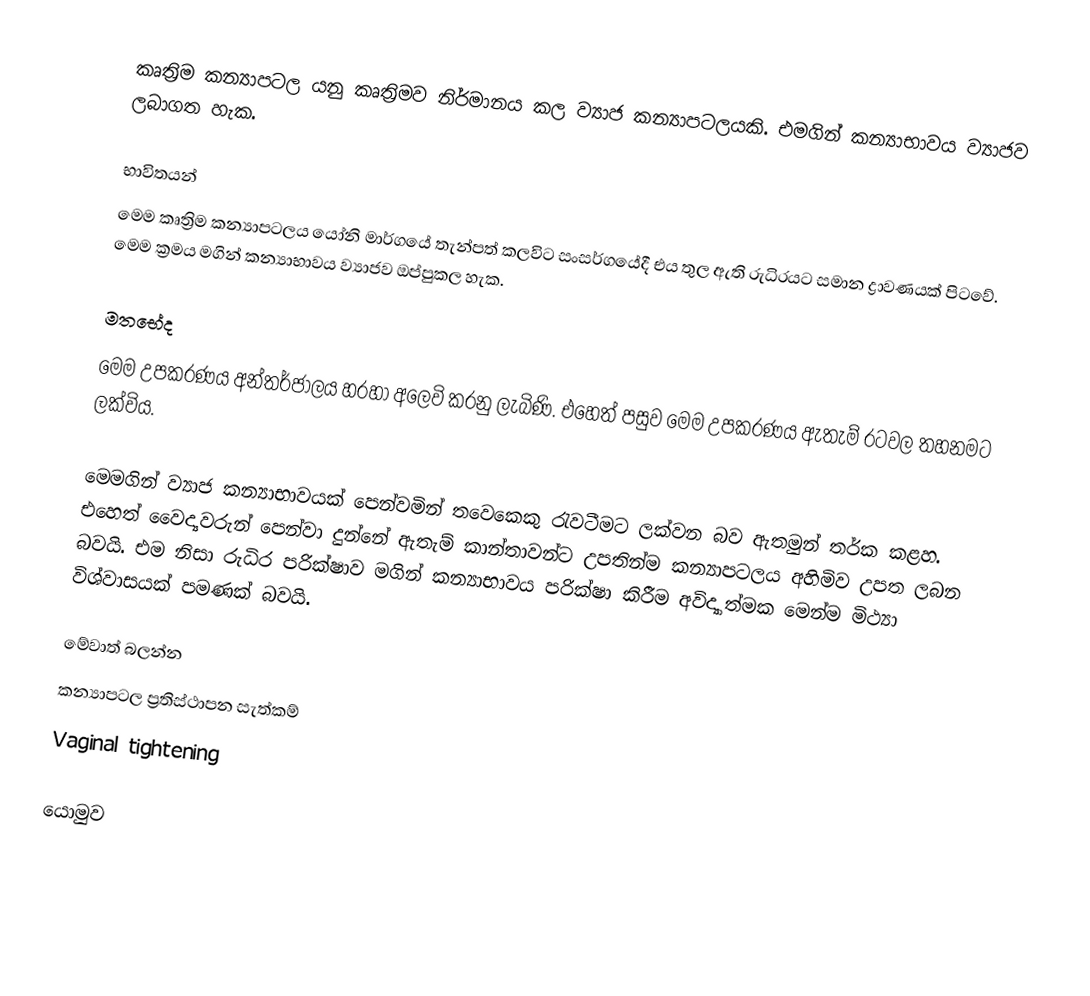
කෘත්‍රිම කන්‍යාපටල යනු කෘත්‍රිමව නිර්මානය කල ව්‍යාජ කන්‍යාපටලයකි. එමගින් කන්‍යාභාවය ව්‍යාජව ලබාගත හැක.

භාවිතයන්
මෙම කෘත්‍රිම කන්‍යාපටලය යෝනි මාර්ගයේ තැන්පත් කලවිට සංසර්ගයේදී එය තුල ඇති රුධිරයට සමාන ද්‍රාවණයක් පිටවේ. මෙම ක්‍රමය මගින් කන්‍යාභාවය ව්‍යාජව ඔප්පුකල හැක.

මතභේද
මෙම උපකරණය අන්තර්ජාලය හරහා අලෙවි කරනු ලැබිණි. එහෙත් පසුව මෙම උපකරණය ඇතැම් රටවල තහනමට ලක්විය.

මෙමගින් ව්‍යාජ කන්‍යාභාවයක් පෙන්වමින් තවෙකෙකු රැවටීමට ලක්වන බව ඇතමුන් තර්ක කළහ. එහෙත් වෛද්‍යවරුන් පෙන්වා දුන්නේ ඇතැම් කාන්තාවන්ට උපතින්ම කන්‍යාපටලය අහිමිව උපත ලබන බවයි. එම නිසා රුධිර පරික්ෂාව මගින් කන්‍යාභාවය පරික්ෂා කිරීම අවිද්‍යාත්මක මෙන්ම මිථ්‍යා විශ්වාසයක් පමණක් බවයි.

මේවාත් බලන්න
 කන්‍යාපටල ප්‍රතිස්ථාපන සැත්කම්
 Vaginal tightening

යොමුව